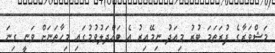
މަޝްވަރާގެ ފުރަތަމަ ބުރު މިއަދު ނިމޭއިރު އެ ބައްދަލުވުމުގައި މިހާތަނަށް ވަނީ ގިނަ